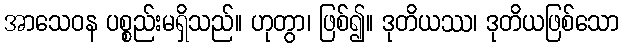
အာသေဝန ပစ္စည်းမရှိသည်။ ဟုတွာ၊ ဖြစ်၍။ ဒုတိယဿ၊ ဒုတိယဖြစ်သော